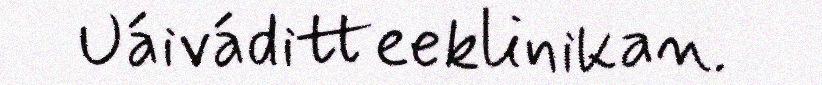
Uáiváditteeklinikan.